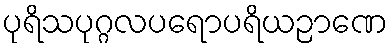
ပုရိသပုဂ္ဂလပရောပရိယဉာဏေ